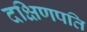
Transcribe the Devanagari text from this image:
दक्षिणपति